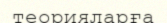
теорияларға